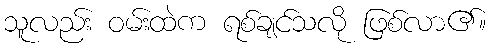
သူလည်း ဝမ်းထဲက ရစ်ချင်သလို ဖြစ်လာ၏။